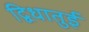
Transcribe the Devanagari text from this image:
द्विधातुई